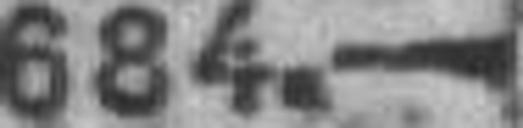
684.—